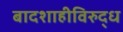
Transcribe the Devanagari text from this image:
बादशाहीविरुद्ध